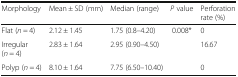
<table><thead><tr><td><b>Morphology</b></td><td><b>Mean ± SD (mm)</b></td><td><b>Median (range)</b></td><td><b><i>P</i> value</b></td><td><b>Perforation rate (%)</b></td></tr></thead><tbody><tr><td>Flat (<i>n</i> = 4)</td><td>2.12 ± 1.45</td><td>1.75 (0.8–4.20)</td><td rowspan="3">0.008*</td><td>0</td></tr><tr><td>Irregular (<i>n</i> = 4)</td><td>2.83 ± 1.64</td><td>2.95 (0.90–4.50)</td><td>16.67</td></tr><tr><td>Polyp (<i>n</i> = 4)</td><td>8.10 ± 1.64</td><td>7.75 (6.50–10.40)</td><td>0</td></tr></tbody></table>